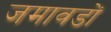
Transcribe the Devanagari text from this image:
जमावडों